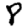
Digit: 8